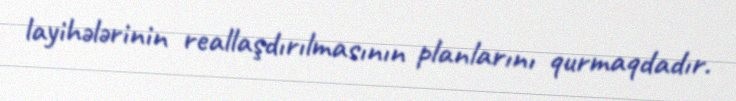
layihələrinin reallaşdırılmasının planlarını qurmaqdadır.